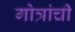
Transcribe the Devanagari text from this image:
गोत्रांची